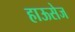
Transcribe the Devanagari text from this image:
हाऊसेज